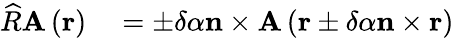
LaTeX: \begin{array}{rl}{\widehat{R}\mathbf{A}\left(\mathbf{r}\right)}&{{}=\pm\delta\alpha\mathbf{n}\times\mathbf{A}\left(\mathbf{r}\pm\delta\alpha\mathbf{n}\times\mathbf{r}\right)}\end{array}